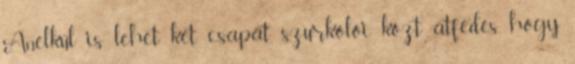
Anélkül is lehet két csapat szurkolói közt átfedés, hogy